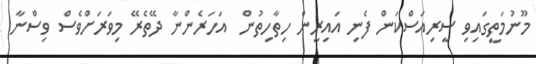
މޫނުމަތީގައިވި ސީރިއަސްކަން ފެނި އައިރީން ހިތާހިތުން  އަހަރެންނާ ދޭތެރޭ މިވަރަށްވެސް ވިސްނާ